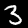
Label: 3